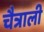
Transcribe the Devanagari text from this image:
चैत्राली